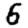
Digit: 6